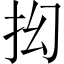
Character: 抝